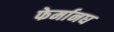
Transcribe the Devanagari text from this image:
फेर्मानघ